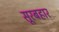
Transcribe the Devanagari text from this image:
सूरबहार